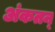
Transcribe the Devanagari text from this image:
अंकतन्